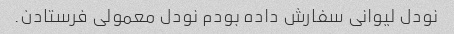
نودل لیوانی سفارش داده بودم نودل معمولی فرستادن.